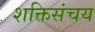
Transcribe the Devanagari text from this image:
शक्तिसंचय